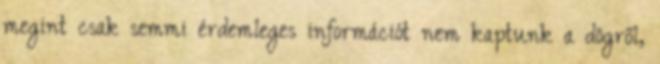
megint csak semmi érdemleges információt nem kaptunk a dögről,